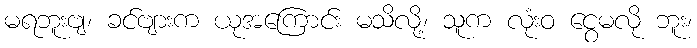
မရဘူးဗျ၊ ခင်ဗျားက ယုအကြောင်း မသိလို့၊ သူက လုံးဝ ငွေမလို ဘူး၊